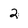
Character: 2